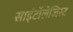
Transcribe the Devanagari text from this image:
साइंटॉलेजिस्ट